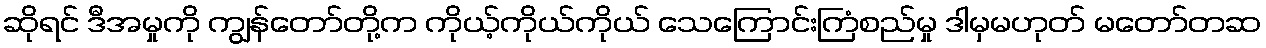
ဆိုရင် ဒီအမှုကို ကျွန်တော်တို့က ကိုယ့်ကိုယ်ကိုယ် သေကြောင်းကြံစည်မှု ဒါမှမဟုတ် မတော်တဆ